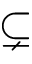
\subsetneq